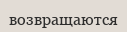
возвращаются